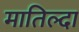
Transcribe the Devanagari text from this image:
मातिल्दा